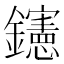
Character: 𨯶